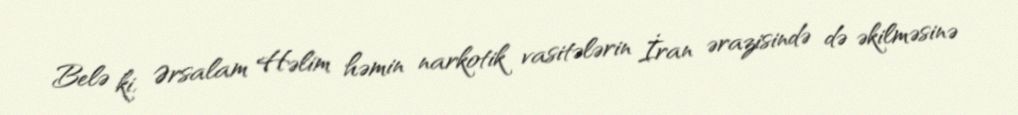
Belə ki, Ərsalam Həlim həmin narkotik vasitələrin İran ərazisində də əkilməsinə